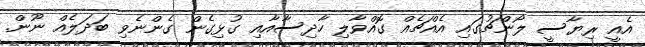
އެއީ ރިޔާސީ ލޯންޗުގައި އެއްޗެއް ގޮއްވާލި ހާދިސާއާއި ގުޅިގެން ގެންނެވި ބަދަލެއް ނޫން.